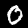
Label: 0